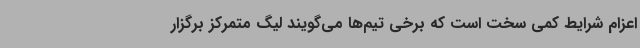
اعزام شرایط کمی سخت است که برخی تیم‌ها می‌گویند لیگ متمرکز برگزار